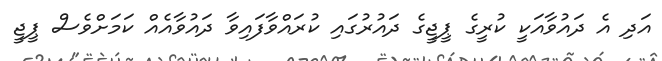
އަދި އެ ދައުވާއަކީ ކުރީގެ ޕީޖީގެ ދައުރުގައި ކުރައްވާފައިވާ ދައުވާއެއް ކަމަށްވެސް ޕީޖީ